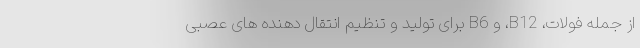
از جمله فولات، B12، و B6 برای تولید و تنظیم انتقال دهنده های عصبی